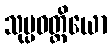
သုပ္ပဝတ္တိယော